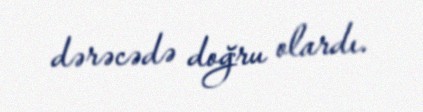
dərəcədə doğru olardı.